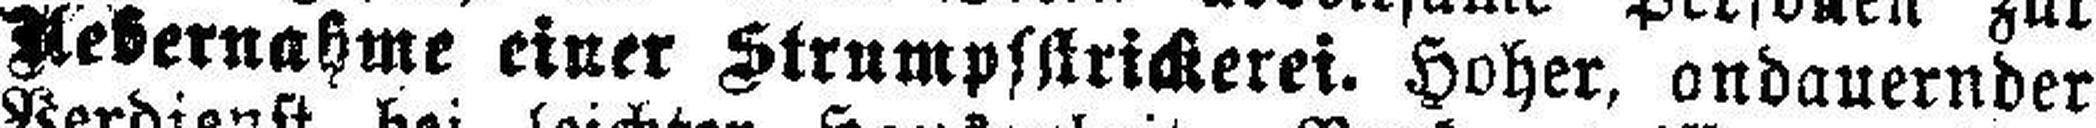
Uebernahme einer Strumpsstrickerei. Hoher, andauernder